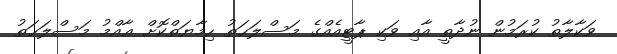
ވަކާލާތު ކުރަމުން ނުދާތީ އާއި ވަކި ޕާޓީއެއްގެ މަސްލަޙަތު ހިމާޔަތްކޮށް ޢާއްމު މަސްލަޙަތު